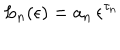
L _ { n } ( \epsilon ) = a _ { n } \, \epsilon ^ { \tau _ { n } } \;